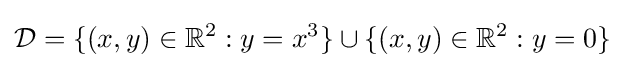
{\mathcal {D}}=\{(x,y)\in \mathbb {R} ^{2}:y=x^{3}\}\cup \{(x,y)\in \mathbb {R} ^{2}:y=0\}\